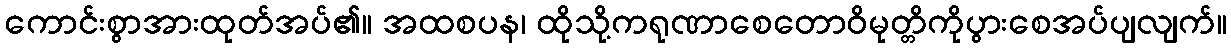
ကောင်းစွာအားထုတ်အပ်၏။ အထစပန၊ ထိုသို့ကရုဏာစေတောဝိမုတ္တိကိုပွားစေအပ်ပျလျက်။